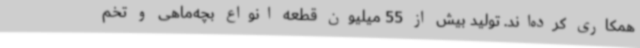
همکاری کرده‌اند. تولید بیش از 55 میلیون قطعه انواع بچه‌ماهی و تخم